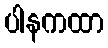
ပါနကထာ